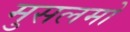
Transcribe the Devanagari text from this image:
मुसलमो